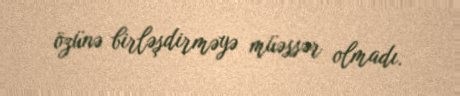
özünə birləşdirməyə müəssər olmadı.